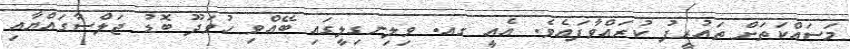
މަސައްކަތަށް ތައުރީފު ކުރައްވާފައެވެ. އެއީ ގއ. ވިލިނގިލީގައި ބޭއްވި ހުވަދޫ ބޮޑު ޖަލްސާގައްޔާއި